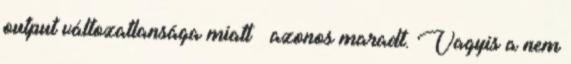
output változatlansága miatt – azonos maradt. Vagyis a nem